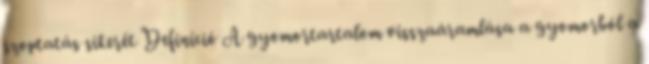
szoptatás sikerét Definíció A gyomortartalom visszaáramlása a gyomorból a